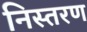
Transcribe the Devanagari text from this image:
निस्तरण